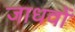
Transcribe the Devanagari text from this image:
जाधवों